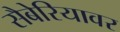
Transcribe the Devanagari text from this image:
सैबेरियावर